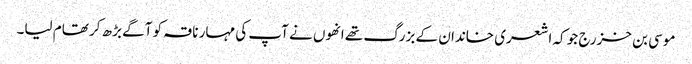
موسی بن خزرج جو کہ اشعری خاندان کے بزرگ تھے انھوں نے آپ کی مہار ناقہ کو آگے بڑھ کر تھام لیا۔